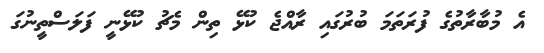
އެ މުބާރާތުގެ ފުރަތަމަ ބުރުގައި ރާއްޖެ ކުޅޭ ތިން މެޗު ކުޅޭނީ ފަލަސްތީނުގަ